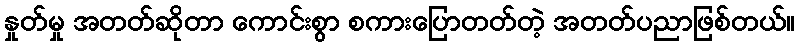
နှုတ်မှု အတတ်ဆိုတာ ကောင်းစွာ စကားပြောတတ်တဲ့ အတတ်ပညာဖြစ်တယ်။